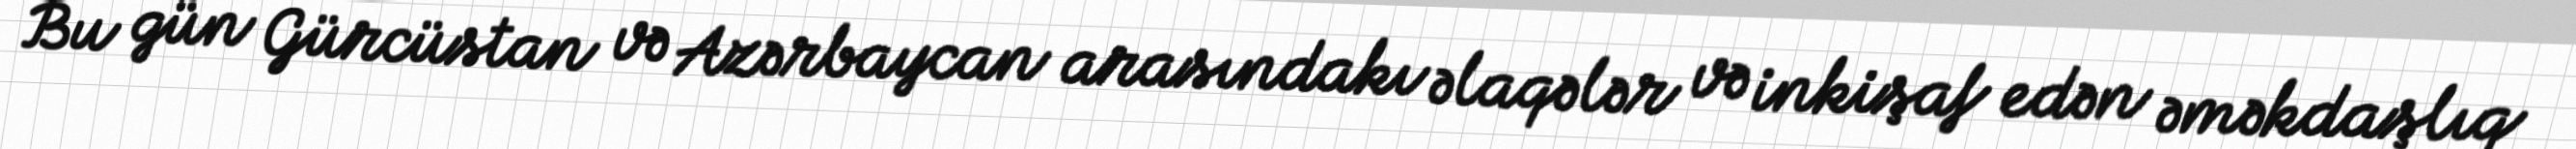
Bu gün Gürcüstan və Azərbaycan arasındakı əlaqələr və inkişaf edən əməkdaşlıq